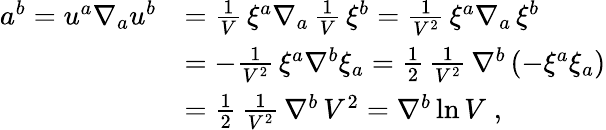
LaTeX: \begin{array}{ll}{{a^{b}=u^{a}\nabla_{a}u^{b}}}&{{={\frac{1}{V}}\, \xi^{a}\nabla_{a}\, {\frac{1}{V}}\, \xi^{b}={\frac{1}{V^{2}}}\, \xi^{a}\nabla_{a}\, \xi^{b}}}\\ {{}}&{{=-{\frac{1}{V^{2}}}\, \xi^{a}\nabla^{b}\xi_{a}={\frac{1}{2}}\, {\frac{1}{V^{2}}}\, \nabla^{b}\left(-\xi^{a}\xi_{a}\right)}}\\ {{}}&{{={\frac{1}{2}}\, {\frac{1}{V^{2}}}\, \nabla^{b}\, V^{2}=\nabla^{b}\ln V\; ,}}\end{array}